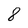
Character: 8